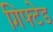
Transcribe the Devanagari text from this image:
गिफ्टेड